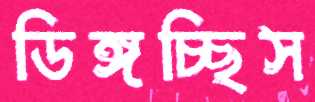
ডিঙ্গচ্ছিস